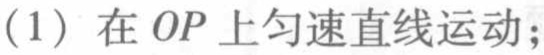
（1）在 \(OP\) 上匀速直线运动；